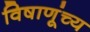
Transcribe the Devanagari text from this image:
विषाणूंच्य